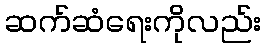
ဆက်ဆံရေးကိုလည်း